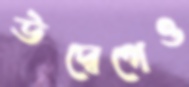
উদ্বেগেও